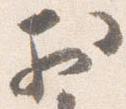
於